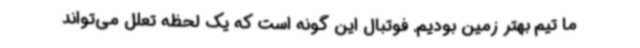
ما تیم بهتر زمین بودیم. فوتبال این گونه است که یک لحظه تعلل می‌تواند